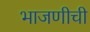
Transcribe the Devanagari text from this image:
भाजणीची